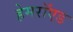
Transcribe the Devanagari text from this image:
हेमरॉएड